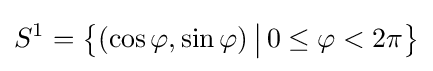
S^{1}={\bigl \{}(\cos \varphi ,\sin \varphi )\,{\big |}\,0\leq \varphi <2\pi {\bigr \}}